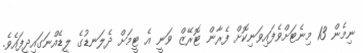
ނިމެން 13 މިނެޓަށްވެފައިވަނިކޮށް ފެރާން ޓޮރޭޒް ވަނީ އެ ޓީމަށް ދެލަނޑުގެ ލީޑެއްނަގައިދީފައެވެ.